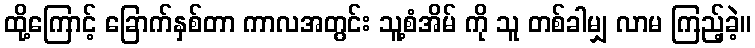
ထို့ကြောင့် ခြောက်နှစ်တာ ကာလအတွင်း သူ့စံအိမ် ကို သူ တစ်ခါမျှ လာမ ကြည့်ခဲ့။